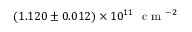
( 1 . 1 2 0 \pm 0 . 0 1 2 ) \times 1 0 ^ { 1 1 } ~ \textrm { c m } ^ { - 2 }